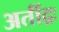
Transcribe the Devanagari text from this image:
अतींद्रः